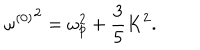
LaTeX: { \omega ^ { ( 0 ) } } ^ { 2 } = \omega _ { p } ^ { 2 } + { \frac { 3 } { 5 } } K ^ { 2 } .